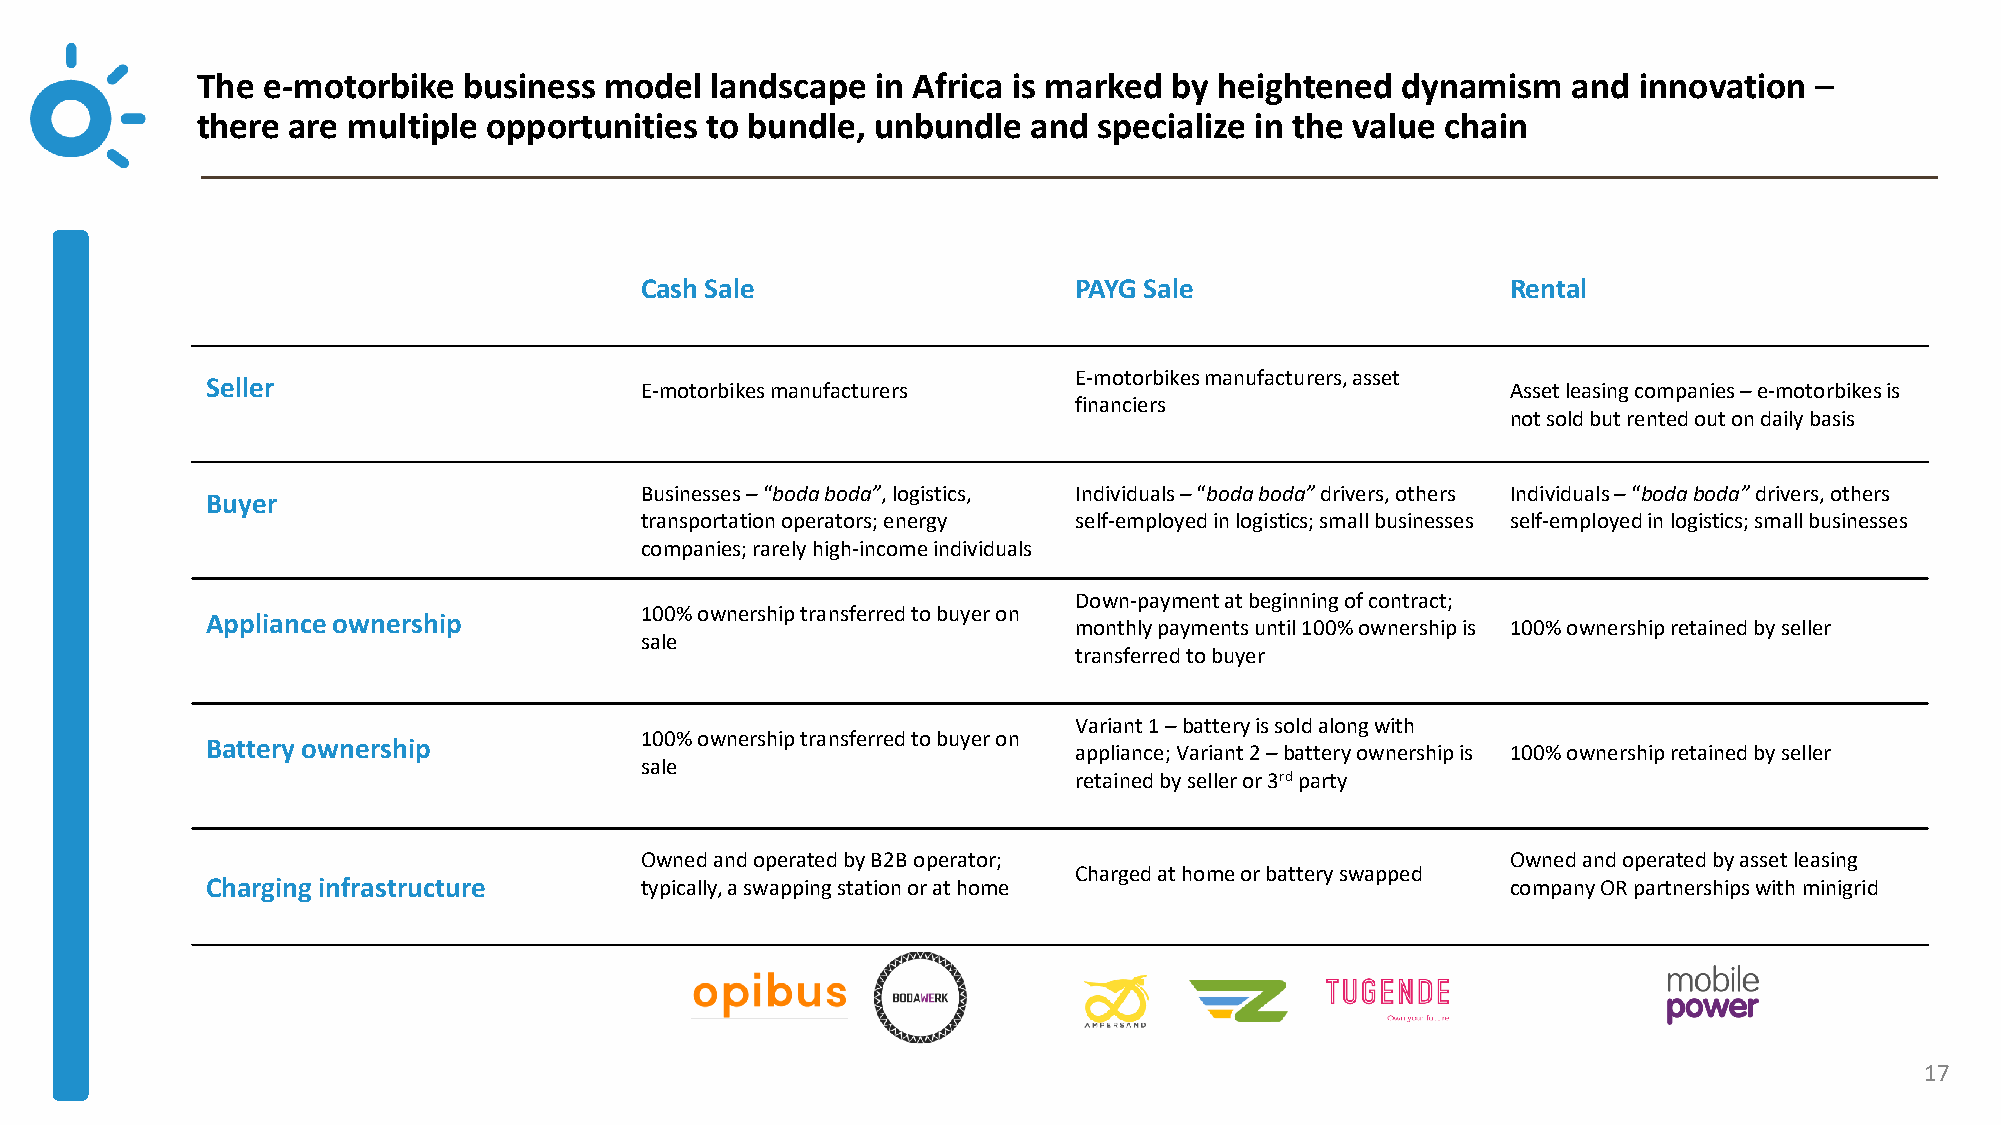
The e-motorbike   business model  landscape  in Africa is marked by heightened  dynamism   and innovation  –
 there are multiple opportunities  to bundle, unbundle  and  specialize in the value chain
 Cash Sale                    PAYG Sale                    Rental
 E-motorbikes manufacturers, asset
 Seller
 E-motorbikes manufacturers                                Asset leasing companies –e-motorbikes is
 financiers
 not sold but rented out on daily basis
 Businesses –“bodaboda”, logistics, Individuals –“bodaboda” drivers, others Individuals –“bodaboda” drivers, others
 Buyer
 transportation operators; energy self-employed in logistics; small businesses self-employed in logistics; small businesses
 companies; rarely high-income individuals
 Down-payment at beginning of contract;
 100% ownership transferred to buyer on
 Appliance ownership
 monthly payments until 100% ownership is 100% ownership retained by seller
 sale
 transferred to buyer
 Variant 1 –battery is sold along with
 100% ownership transferred to buyer on
 Battery ownership
 appliance; Variant 2 –battery ownership is 100% ownership retained by seller
 sale
 retained by seller or 3rdparty
 Owned and operated by B2B operator;                       Owned and operated by asset leasing
 Charged at home or battery swapped
 Charging infrastructure     typically, a swapping station or at home                  company OR partnerships with minigrid
 17